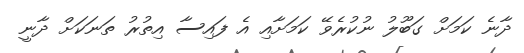
ދާނެ ކަމަށް ގަބޫލު ނުކުރެވޭ ކަމަށާއި އެ ފައިސާ އިތުރު ތަނަކަށް ދާނީ